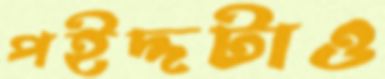
পইদ্দটাও